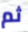
ثم